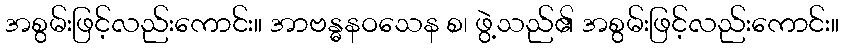
အစွမ်းဖြင့်လည်းကောင်း။ အာဗန္ဓနဝသေန စ၊ ဖွဲ့သည်၏ အစွမ်းဖြင့်လည်းကောင်း။